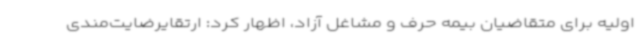
اولیه برای متقاضیان بیمه حرف و مشاغل آزاد، اظهار کرد: ارتقایرضایت‌مندی